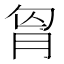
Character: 𮌎